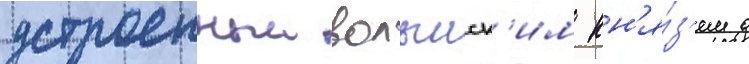
устроенныи волынск'им кн'я́з'ем д